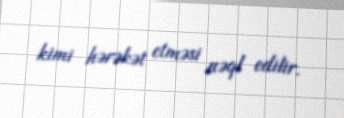
kimi hərəkət etməsi nəql edilir.